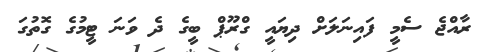
ރާއްޖެ ސެމީ ފައިނަލަށް ދިޔައީ ގްރޫޕް ބީގެ ދެ ވަނަ ޓީމުގެ ގޮތުގަ